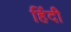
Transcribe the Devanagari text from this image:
हिंंदी